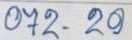
072 - 20